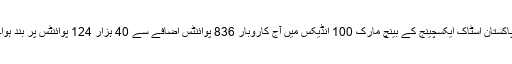
پاکستان اسٹاک ایکسچینج کے بینچ مارک 100 انڈیکس میں آج کاروبار 836 پوائنٹس اضافے سے 40 ہزار 124 پوائنٹس پر بند ہوا۔